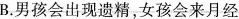
B.男孩会出现遗精，女孩会来月经